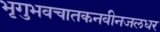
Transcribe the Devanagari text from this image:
भृगुभवचातकनवीनजलधर